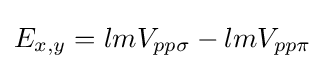
E_{x,y}=lmV_{pp\sigma }-lmV_{pp\pi }